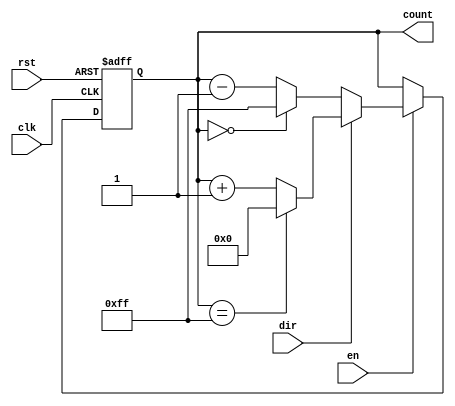
module MultiBitCounter #(
    parameter WIDTH = 8  // Configurable bit-width (N)
) (
    input wire clk,             // Clock signal
    input wire rst,             // Asynchronous reset
    input wire en,              // Enable counting
    input wire dir,             // Direction: 1 for up, 0 for down
    output reg [WIDTH-1:0] count // Multi-bit output count
);

    // Always block triggered on the clock's rising edge
    always @(posedge clk or posedge rst) begin
        if (rst) begin
            count <= 0;           // Reset the counter to 0
        end else if (en) begin
            if (dir) begin
                // Increment the counter with wrap-around
                count <= (count == {WIDTH{1'b1}}) ? 0 : count + 1; // Wrap around if max value reached
            end else begin
                // Decrement the counter with wrap-around
                count <= (count == 0) ? {WIDTH{1'b1}} : count - 1; // Wrap around if min value reached
            end
        end
    end

endmodule